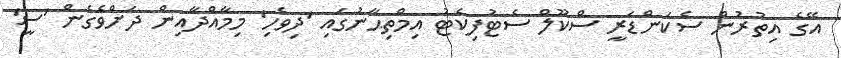
އޭގެ އިތުރުން ސެކަންޑަރީ ސްކޫލް ސެޓުފިކެޓު އިމްތިޙާނުގައި 'ދިވެހި' މިމާއްދާއިން ދަށްވެގެން 'ސީ'